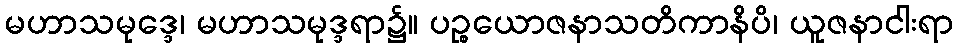
မဟာသမုဒ္ဒေ၊ မဟာသမုဒ္ဒရာ၌။ ပဉ္စယောဇနာသတိကာနိပိ၊ ယူဇနာငါးရာ